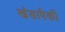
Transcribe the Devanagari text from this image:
खंडापैकी